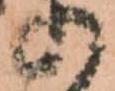
の